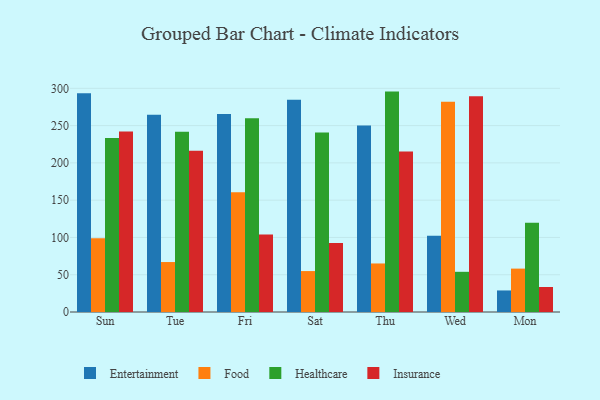
{"axis": {"x": "Day", "y": "Gross Profit (USD K)"}, "legend": ["Entertainment", "Food", "Healthcare", "Insurance"], "data": [{"x": "Sun", "y": 293.4, "type": "Entertainment"}, {"x": "Sun", "y": 98.8, "type": "Food"}, {"x": "Sun", "y": 233.5, "type": "Healthcare"}, {"x": "Sun", "y": 242.0, "type": "Insurance"}, {"x": "Tue", "y": 264.6, "type": "Entertainment"}, {"x": "Tue", "y": 67.0, "type": "Food"}, {"x": "Tue", "y": 241.9, "type": "Healthcare"}, {"x": "Tue", "y": 216.4, "type": "Insurance"}, {"x": "Fri", "y": 265.5, "type": "Entertainment"}, {"x": "Fri", "y": 160.6, "type": "Food"}, {"x": "Fri", "y": 259.7, "type": "Healthcare"}, {"x": "Fri", "y": 103.9, "type": "Insurance"}, {"x": "Sat", "y": 284.8, "type": "Entertainment"}, {"x": "Sat", "y": 54.9, "type": "Food"}, {"x": "Sat", "y": 240.9, "type": "Healthcare"}, {"x": "Sat", "y": 92.5, "type": "Insurance"}, {"x": "Thu", "y": 250.2, "type": "Entertainment"}, {"x": "Thu", "y": 65.1, "type": "Food"}, {"x": "Thu", "y": 295.6, "type": "Healthcare"}, {"x": "Thu", "y": 215.2, "type": "Insurance"}, {"x": "Wed", "y": 102.4, "type": "Entertainment"}, {"x": "Wed", "y": 282.1, "type": "Food"}, {"x": "Wed", "y": 53.9, "type": "Healthcare"}, {"x": "Wed", "y": 289.4, "type": "Insurance"}, {"x": "Mon", "y": 28.9, "type": "Entertainment"}, {"x": "Mon", "y": 58.2, "type": "Food"}, {"x": "Mon", "y": 119.8, "type": "Healthcare"}, {"x": "Mon", "y": 33.5, "type": "Insurance"}]}